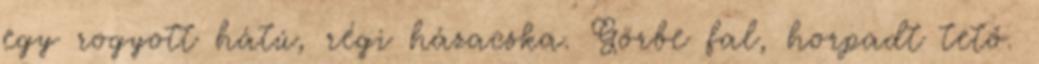
egy rogyott hátú, régi házacska. Görbe fal, horpadt tető.